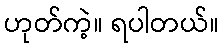
ဟုတ်ကဲ့။ ရပါတယ်။